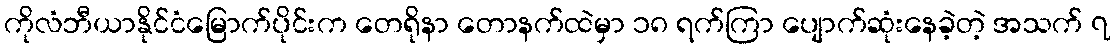
ကိုလံဘီယာနိုင်ငံမြောက်ပိုင်းက တေရိုနာ တောနက်ထဲမှာ ၁၈ ရက်ကြာ ပျောက်ဆုံးနေခဲ့တဲ့ အသက် ၇